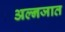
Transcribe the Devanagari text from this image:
अल्नजात